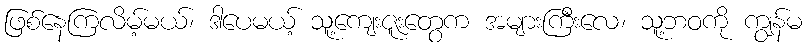
ဖြစ်နေကြလိမ့်မယ်၊ ဒါပေမယ့် သူ့ကျေးဇူးတွေက အများကြီးလေ၊ သူ့ဘဝကို ကျွန်မ